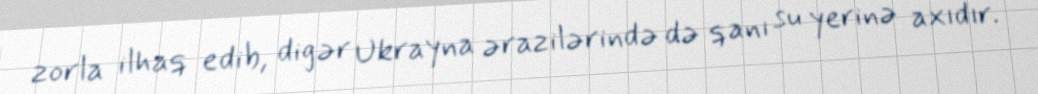
zorla ilhaq edib, digər Ukrayna ərazilərində də qanı su yerinə axıdır.